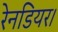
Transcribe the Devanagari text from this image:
रेनडियर।